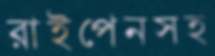
রাইপেনসহ